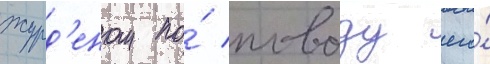
журд'еном по́ поводу его́